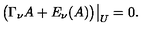
\bigl ( \Gamma _ { \nu } A + E _ { \nu } ( A ) \bigr ) \big | _ { U } = 0 .